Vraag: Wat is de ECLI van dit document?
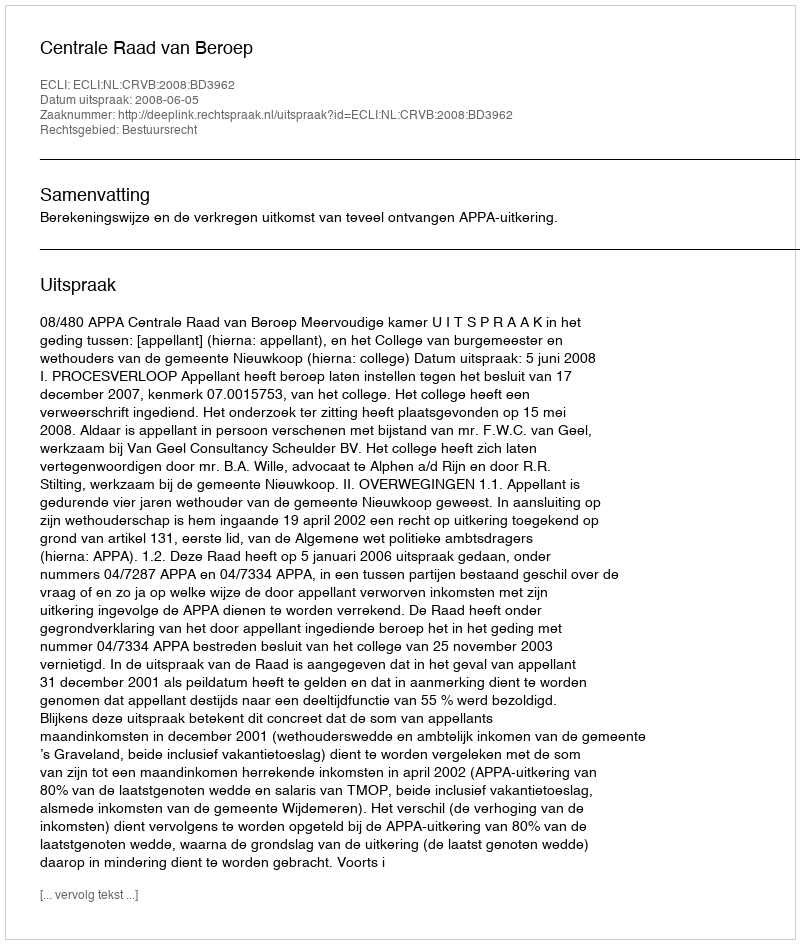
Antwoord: ECLI:NL:CRVB:2008:BD3962